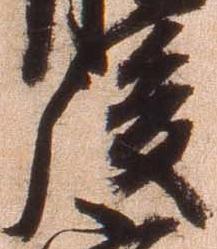
後